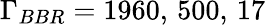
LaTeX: \Gamma_{BBR}=1960,\, 500,\, 17